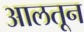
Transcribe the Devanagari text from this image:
आलतून